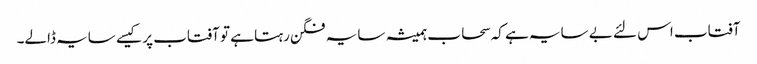
آفتاب اس لئے بے سایہ ہے کہ سحاب ہمیشہ سایہ فگن رہتا ہے تو آفتاب پر کیسے سایہ ڈالے۔